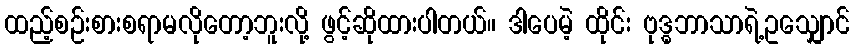
ထည့်စဉ်းစားစရာမလိုတော့ဘူးလို့ ဖွင့်ဆိုထားပါတယ်။ ဒါပေမဲ့ ထိုင်း ဗုဒ္ဓဘာသာရဲ့ဥသျှောင်